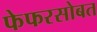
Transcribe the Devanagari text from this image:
फेफरसोबत